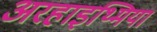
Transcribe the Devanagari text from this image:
अरहाइथ्मिया